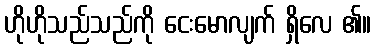
ဟိုဟိုသည်သည်ကို ငေးမောလျက် ရှိလေ ၏။